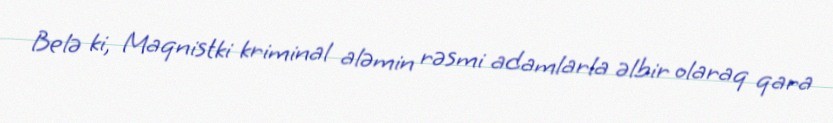
Belə ki, Maqnistki kriminal aləmin rəsmi adamlarla əlbir olaraq qara